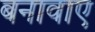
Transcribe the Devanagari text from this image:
बनावाए